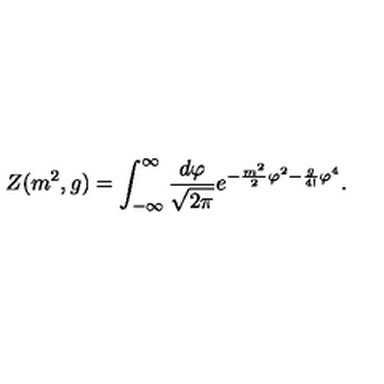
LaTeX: Z ( m ^ { 2 } , g ) = \int _ { - \infty } ^ { \infty } \frac { d \varphi } { \sqrt { 2 \pi } } e ^ { - \frac { m ^ { 2 } } { 2 } \varphi ^ { 2 } - \frac { g } { 4 ! } \varphi ^ { 4 } } .